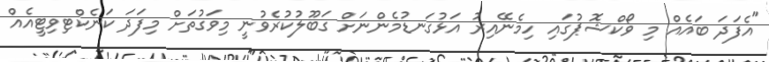
"އެފަދަ ބައެއް މި ވޯކްޝޮޕުގައި ހިމެނޭއިރު އަޅުގަނޑުމެންނަށް ގަބޫލުކުރެވުނީ މިވަގުތަށް މިފަދަ ކަނެކްޓިވިޓީއެއް